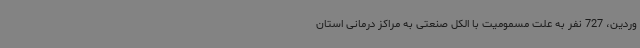
وردین، 727 نفر به علت مسمومیت با الکل صنعتی به مراکز درمانی استان